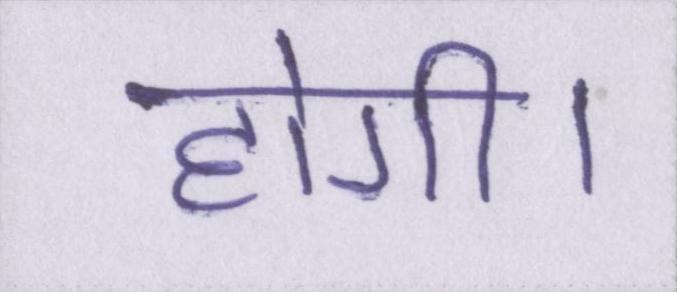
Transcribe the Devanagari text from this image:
होगी।